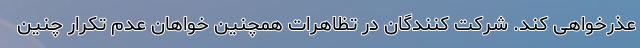
عذرخواهی کند. شرکت کنندگان در تظاهرات همچنین خواهان عدم تکرار چنین